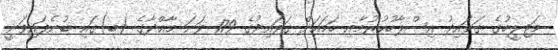
މަޖިލީހުގެ ގަވައިދު އިސްލާހުކުރުމާއި ހަމައަށް ގަވައިދުގެ 179 ވަނަ މާއްދާގެ (ބ)ގައި ބުނެފައިވަނީ